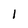
Character: 1